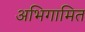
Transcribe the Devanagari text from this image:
अभिगामित